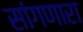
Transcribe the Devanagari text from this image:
सांंगणारा